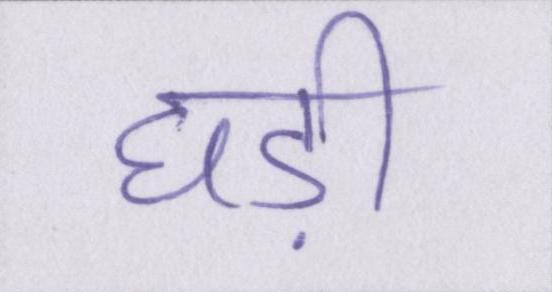
घड़ी